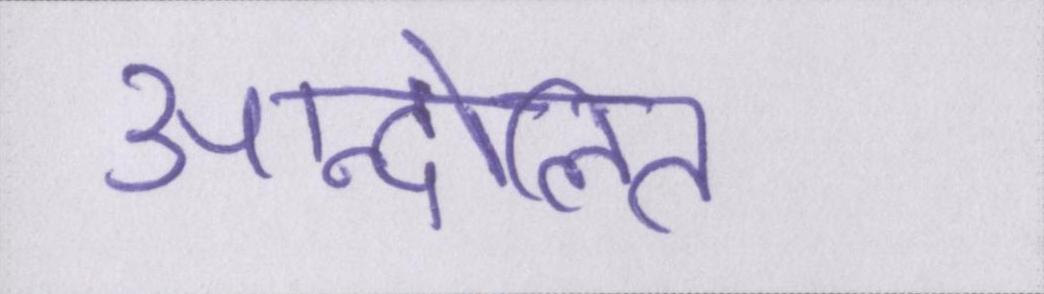
आन्दोलित